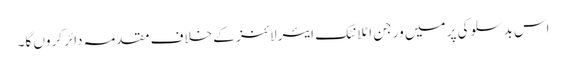
اس بدسلوکی پر میں ورجن اٹلانٹک ایئرلائنز کے خلاف مقدمہ دائر کروں گا۔